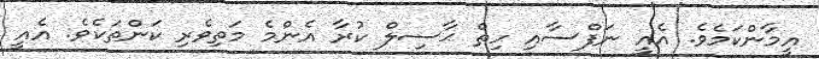
އީމާންކަމެވެ. އެއީ ނަފްސާއި ހިތް ޙާސިލް ކުރާ އެންމެ މަތިވެރި ކަންތަކެވެ. އެއީ